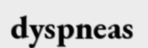
dyspneas